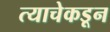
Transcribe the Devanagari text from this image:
त्याचेकडून